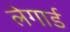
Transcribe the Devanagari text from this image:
लेगार्ड